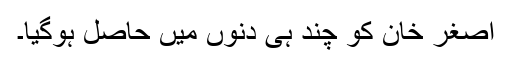
اصغر خان کو چند ہی دنوں میں حاصل ہوگیا۔